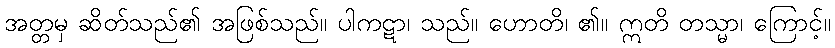
အတ္တမှ ဆိတ်သည်၏ အဖြစ်သည်။ ပါကဋာ၊ သည်။ ဟောတိ၊ ၏။ ဣတိ တသ္မာ၊ ကြောင့်။